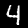
Digit: 4